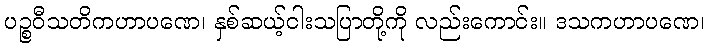
ပဉ္စဝီသတိကဟာပဏေ၊ နှစ်ဆယ့်ငါးသပြာတို့ကို လည်းကောင်း။ ဒသကဟာပဏေ၊